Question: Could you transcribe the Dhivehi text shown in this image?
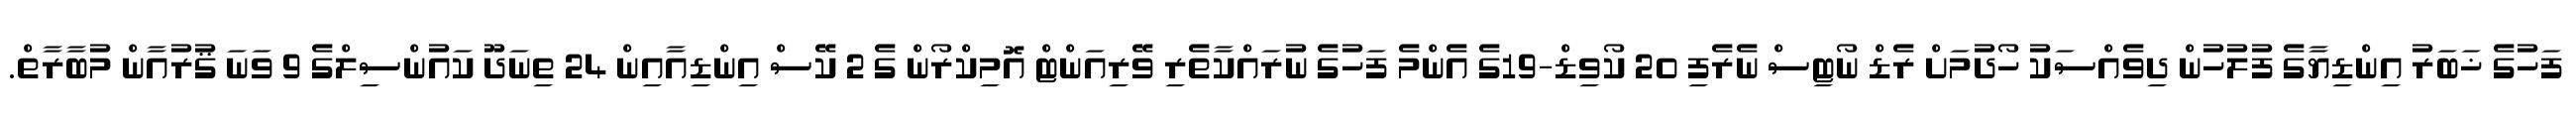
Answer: ފަހުގެ ޚަބަރު އިންޑިޔާގެ ފުލުހުން ދިވެއްސަކު ހޯދުމަށް ރެޑް ނޯޓިސް ނެރެފި 20 ކޯވިޑް-19ގެ އެންމެ ފަހުގެ ނުރައްކާތެރި ވޭރިއަންޓް އޮމިކްރޯން ގެ 2 ކޭސް އިންޑިއާއިން 24 ތިނަދޫ ކައުންސިލްގެ 9 ވަނަ ޤުރުއާން މުބާރާތް.